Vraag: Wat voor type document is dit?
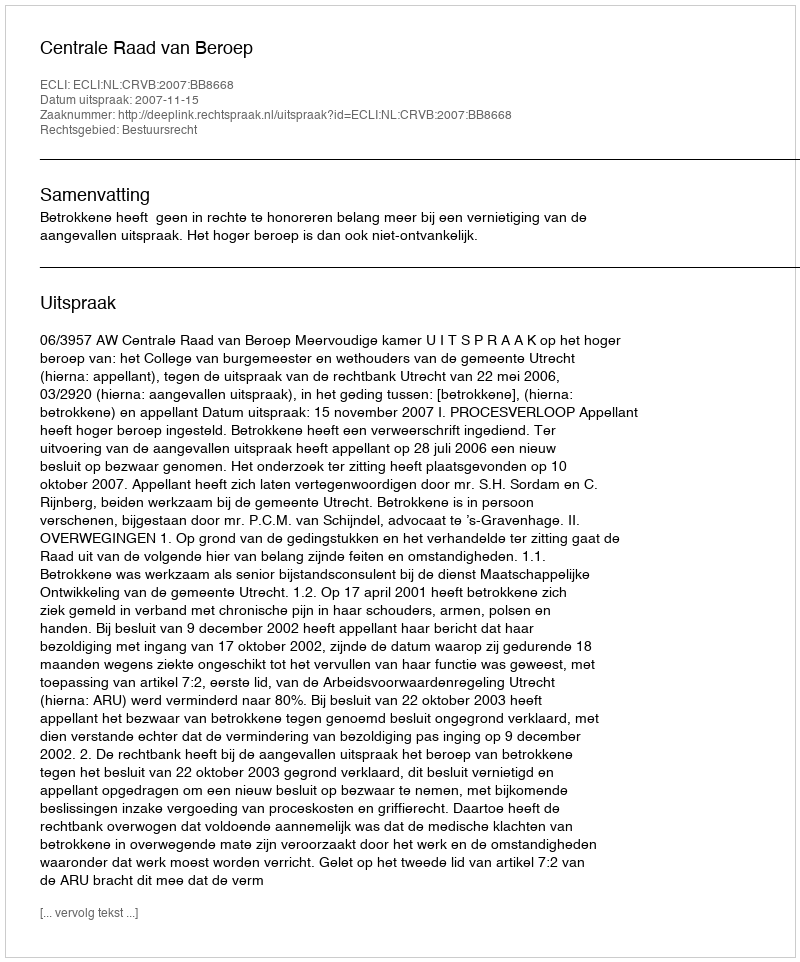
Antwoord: Uitspraak